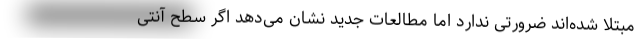
مبتلا شده‌اند ضرورتی ندارد اما مطالعات جدید نشان می‌دهد اگر سطح آنتی